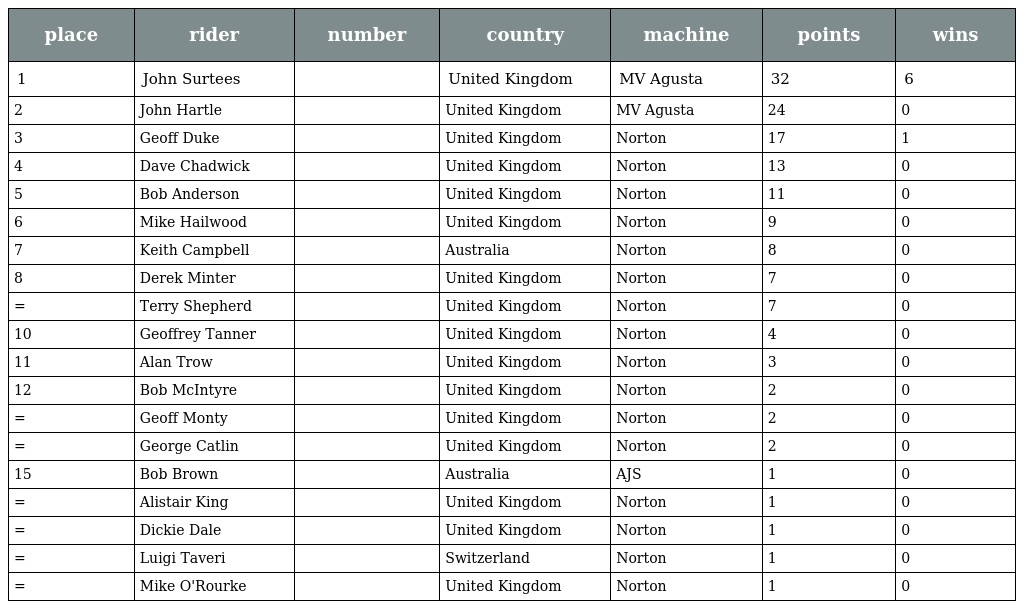
| place | rider | number | country | machine | points | wins |
 | --- | --- | --- | --- | --- | --- | --- |
 | 1 | John Surtees |  | United Kingdom | MV Agusta | 32 | 6 |
 | 2 | John Hartle |  | United Kingdom | MV Agusta | 24 | 0 |
 | 3 | Geoff Duke |  | United Kingdom | Norton | 17 | 1 |
 | 4 | Dave Chadwick |  | United Kingdom | Norton | 13 | 0 |
 | 5 | Bob Anderson |  | United Kingdom | Norton | 11 | 0 |
 | 6 | Mike Hailwood |  | United Kingdom | Norton | 9 | 0 |
 | 7 | Keith Campbell |  | Australia | Norton | 8 | 0 |
 | 8 | Derek Minter |  | United Kingdom | Norton | 7 | 0 |
 | = | Terry Shepherd |  | United Kingdom | Norton | 7 | 0 |
 | 10 | Geoffrey Tanner |  | United Kingdom | Norton | 4 | 0 |
 | 11 | Alan Trow |  | United Kingdom | Norton | 3 | 0 |
 | 12 | Bob McIntyre |  | United Kingdom | Norton | 2 | 0 |
 | = | Geoff Monty |  | United Kingdom | Norton | 2 | 0 |
 | = | George Catlin |  | United Kingdom | Norton | 2 | 0 |
 | 15 | Bob Brown |  | Australia | AJS | 1 | 0 |
 | = | Alistair King |  | United Kingdom | Norton | 1 | 0 |
 | = | Dickie Dale |  | United Kingdom | Norton | 1 | 0 |
 | = | Luigi Taveri |  | Switzerland | Norton | 1 | 0 |
 | = | Mike O'Rourke |  | United Kingdom | Norton | 1 | 0 |